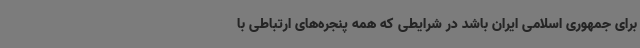
برای جمهوری اسلامی ایران باشد در شرایطی که همه پنجره‌های ارتباطی با